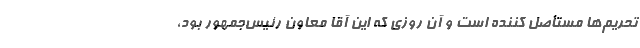
تحریم‌ها مستأصل کننده است و آن روزی که این آقا معاون رئیس‌جمهور بود،